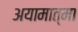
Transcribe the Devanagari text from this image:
अयामात्मा